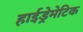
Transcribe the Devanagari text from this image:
हाईड्रेमेटिक